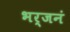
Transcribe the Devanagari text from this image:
भर्जनं